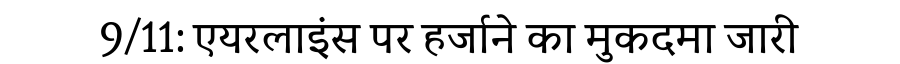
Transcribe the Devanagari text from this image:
9/11: एयरलाइंस पर हर्जाने का मुकदमा जारी